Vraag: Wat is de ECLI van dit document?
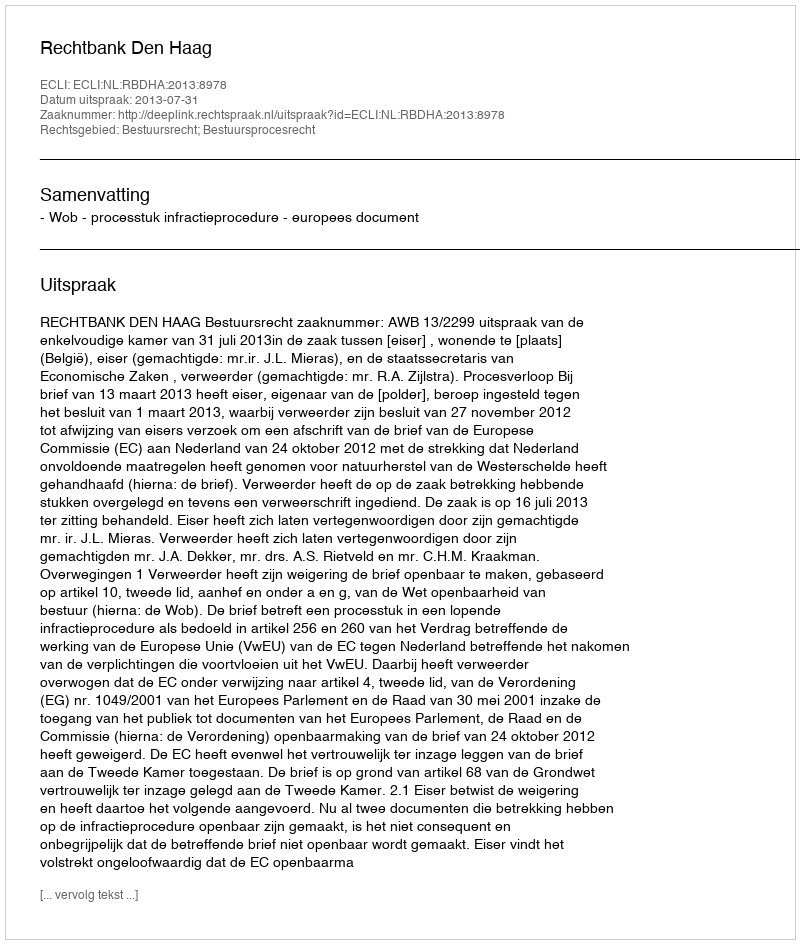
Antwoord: ECLI:NL:RBDHA:2013:8978